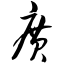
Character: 广